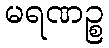
မရဏဉ္စ